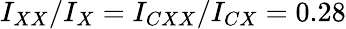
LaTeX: I_{XX}/I_{X}=I_{CXX}/I_{CX}=0.28